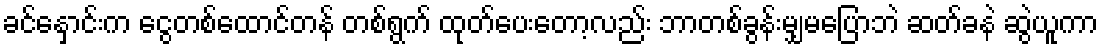
ခင်နှောင်းက ငွေတစ်ထောင်တန် တစ်ရွက် ထုတ်ပေးတော့လည်း ဘာတစ်ခွန်းမျှမပြောဘဲ ဆတ်ခနဲ ဆွဲယူကာ